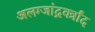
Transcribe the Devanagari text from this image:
अलग्जांद्रवर्त्रांद